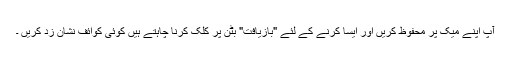
آپ اپنے میک پر محفوظ کریں اور ایسا کرنے کے لئے "بازیافت" بٹن پر کلک کرنا چاہتے ہیں کوئی کوائف نشان زد کریں ۔